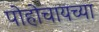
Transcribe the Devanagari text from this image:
पोहोचायच्या